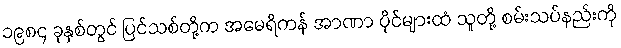
၁၉၈၄ ခုနှစ်တွင် ပြင်သစ်တို့က အမေရိကန် အာဏာ ပိုင်များထံ သူတို့ စမ်းသပ်နည်းကို